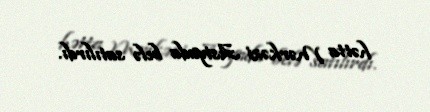
hətta Mərkəzi Asiyada belə satılırdı.